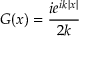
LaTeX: G ( x ) = { \frac { i e ^ { i k | x | } } { 2 k } }